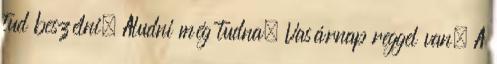
tud beszélni. Aludni még tudna. Vasárnap reggel van. A